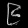
Digit: ၉